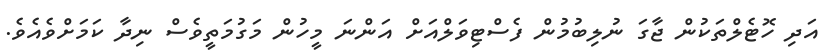
އަދި ހޮޓެލްތަކުން ޖާގަ ނުލިބުމުން ފެސްޓިވަލްއަށް އަންނަ މީހުން މަގުމަތީވެސް ނިދާ ކަމަށްވެއެވެ.